Leaving Certificate Examination, 1911
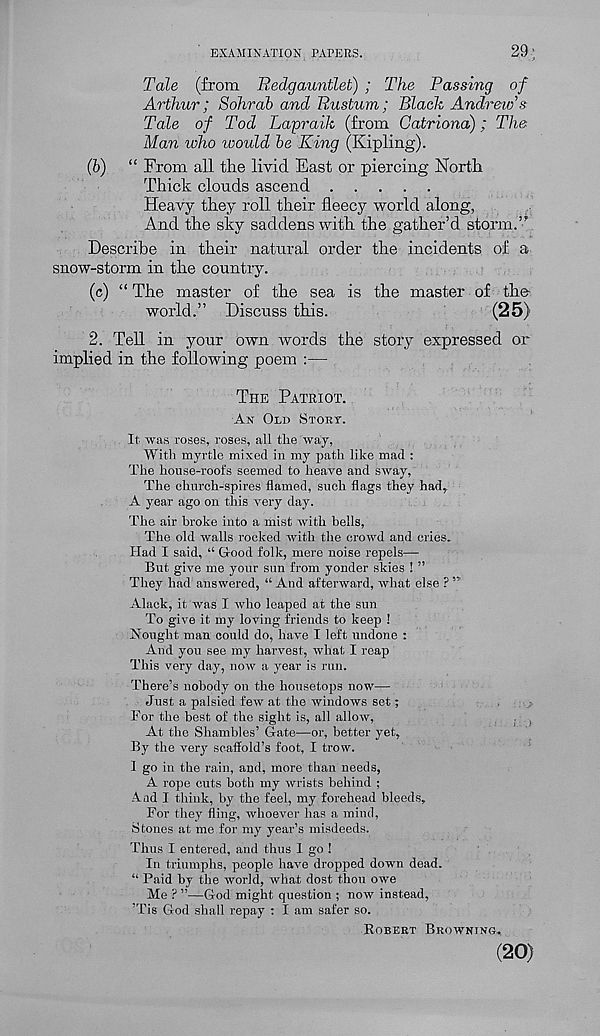
EXAMINATION PAPERS.
29:
Tale (from Redgauntlet) ; The Passing of
Arthur; Sohrab and Pustum; Black Andrew's
Tale of Tod Lapraik (from Gatriona); The
Man loho would be King (Kipling).
(b) “ From all the livid East or piercing North
Thick clouds ascend
Heavy they roll their fleecy world along,
And the sky saddens with the gather’d storm.”’
Describe in their natural order the incidents of a
snow-storm in the country.
(c) “ The master of the sea is the master of the
world.” Discuss this.
(25)
2. Tell in your own words the story expressed or
implied in the following poem :—
THE PATRIOT.
AN OLD STORY.
It was roses, roses, all the way,
With myrtle mixed in my path like mad :
The house-roofs seemed to heave and sway,
The church-spires flamed, such flags they had,.
A year ago on this very day.
The air broke into a mist with bells,
The old walls rocked with the crowd and cries.
Had I said, “ Good folk, mere noise repels—
But give me your sun from yonder skies ! ”
They had answered, “ And afterward, what else ? ”
Alack, it was I who leaped at the sun
To give it my loving friends to keep !
Hought man could do, have I left undone :
And you see my harvest, what I reap
This very day, now a year is run.
There’s nobody on the housetops now—
Just a palsied few at the windows set;
For the best of the sight is, all allow,
At the Shambles’ Gate—or, better yet.
By the very scaffold’s foot, I trow.
I go in the rain, and, more than needs,
A rope cuts both my wrists behind ;
And I think, by the feel, my forehead bleeds.
For they fling, whoever has a mind,
Stones at me for my year’s misdeeds.
Thus I entered, and thus I go !
In triumphs, people have dropped down dead.
“ Paid by the world, what dost thou owe
Me ? ”—God might question ; now instead,
’Tis God shall repay : I am safer so.
ROBERT BROWNING.
(20)